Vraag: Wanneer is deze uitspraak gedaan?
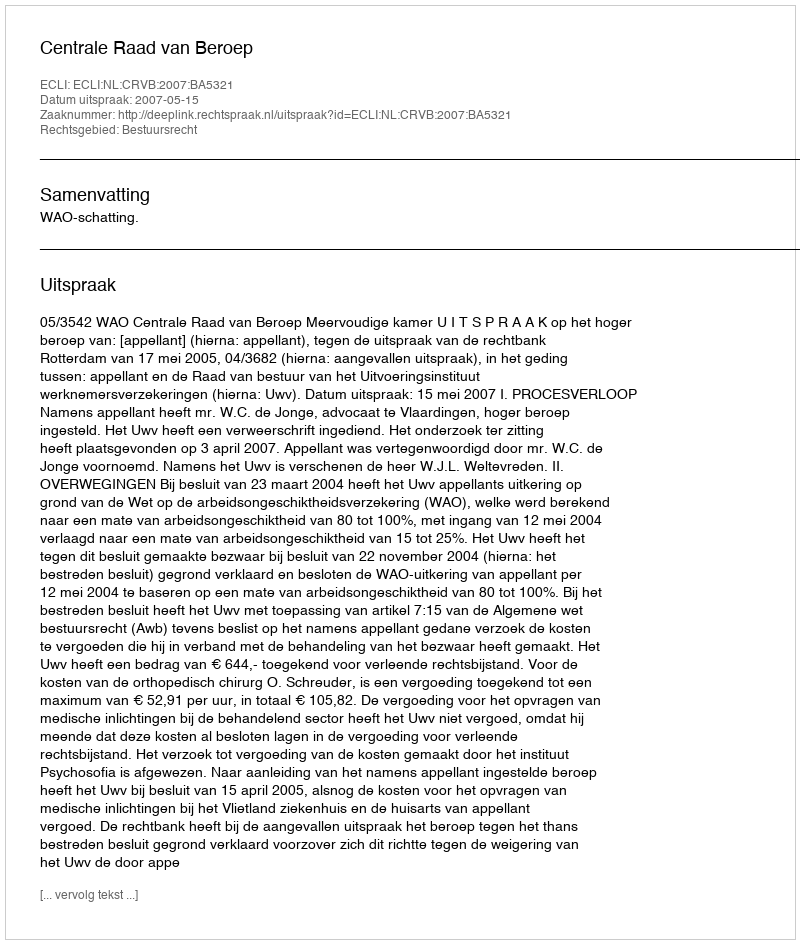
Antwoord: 2007-05-15